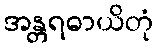
အန္တရဓာယိတုံ